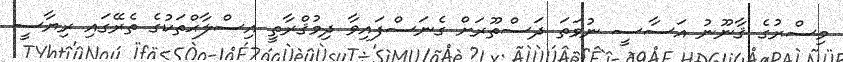
މިސްރުގެ ޤާނޫނު އަސާސީ ނުވަތަ ދަސްތޫރަށް ގެނަސްފައިވާ ދިމުޤްރާތީ އިސްލާޙްތަކުގެ ތެރޭގައި ރިޔާސީ